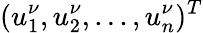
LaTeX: (u_{1}^{\nu},u_{2}^{\nu},...,u_{n}^{\nu})^{T}